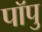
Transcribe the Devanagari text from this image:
पॉपु